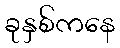
ခုနှစ်ကနေ